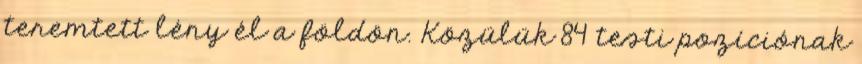
teremtett lény él a földön. Közülük 84 testi pozíciónak